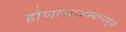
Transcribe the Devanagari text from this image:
होणाऱ्याअस्वस्थेमुळे